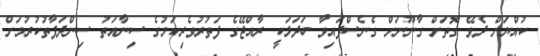
ކުއްޔަށް ދެވޭ ގޮތަށް ގާނޫނަށް ގެނެސްފައިވާ ބަދަލަކީ ރާއްޖޭގެ ފަތުރުވެރިކަމުގެ ސިނާއަތު ސިންދަފާތުކުރުމަށް